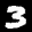
Label: 3